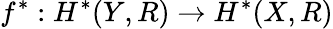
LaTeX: f^{*}:H^{*}(Y,R)\to H^{*}(X,R)